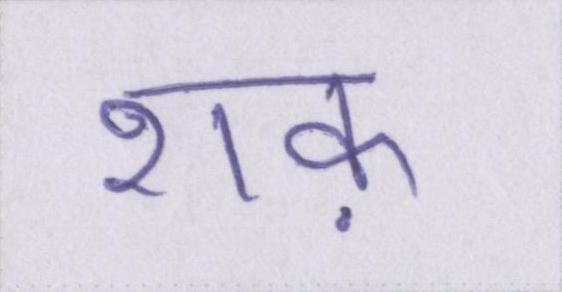
शक़